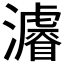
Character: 𤃒